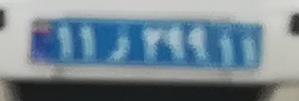
۱۱ز۲۹۹۱۱